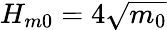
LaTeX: H_{m0}=4\sqrt{m_{0}}